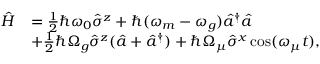
\begin{array} { r l } { \hat { H } } & { = \frac { 1 } { 2 } \hbar \omega _ { 0 } \hat { \sigma } ^ { z } + \hbar ( \omega _ { m } - \omega _ { g } ) \hat { a } ^ { \dagger } \hat { a } } \\ & { + \frac { 1 } { 2 } \hbar \Omega _ { g } \hat { \sigma } ^ { z } ( \hat { a } + \hat { a } ^ { \dagger } ) + \hbar \Omega _ { \mu } \hat { \sigma } ^ { x } \cos ( \omega _ { \mu } t ) , } \end{array}